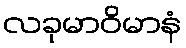
လခုမာဝိမာနံ